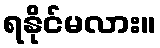
ရနိုင်မလား။